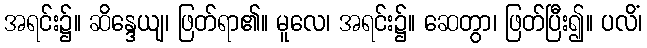
အရင်း၌။ ဆိန္ဒေယျ၊ ဖြတ်ရာ၏။ မူလေ၊ အရင်း၌။ ဆေတွာ၊ ဖြတ်ပြီး၍။ ပလိံ၊